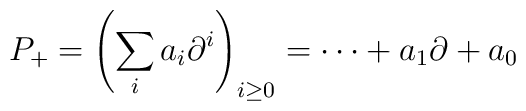
P_{+} = \left(\sum_{i} a_{i} \partial^{i}\right)_{i \geq 0} = \cdots +a_{1} \partial + a_{0}